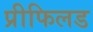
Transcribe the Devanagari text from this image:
प्रीफिलड